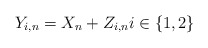
\begin{align*} Y_{i,n}=X_n+Z_{i,n} i\in\{1,2\} \end{align*}